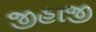
જીહાજી